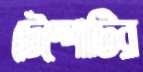
টেম্পোটির